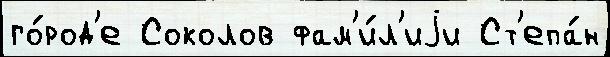
го́род'е Соколов фам'и́л'иjи Ст'епа́н